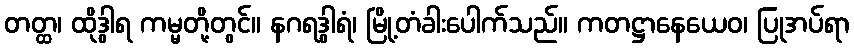
တတ္ထ၊ ထိုဒွါရ ကမ္မတို့တွင်။ နဂရဒွါရံ၊ မြို့တံခါးပေါက်သည်။ ကတဋ္ဌာနေယေဝ၊ ပြုအပ်ရာ